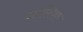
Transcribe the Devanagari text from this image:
जोल्लिफ